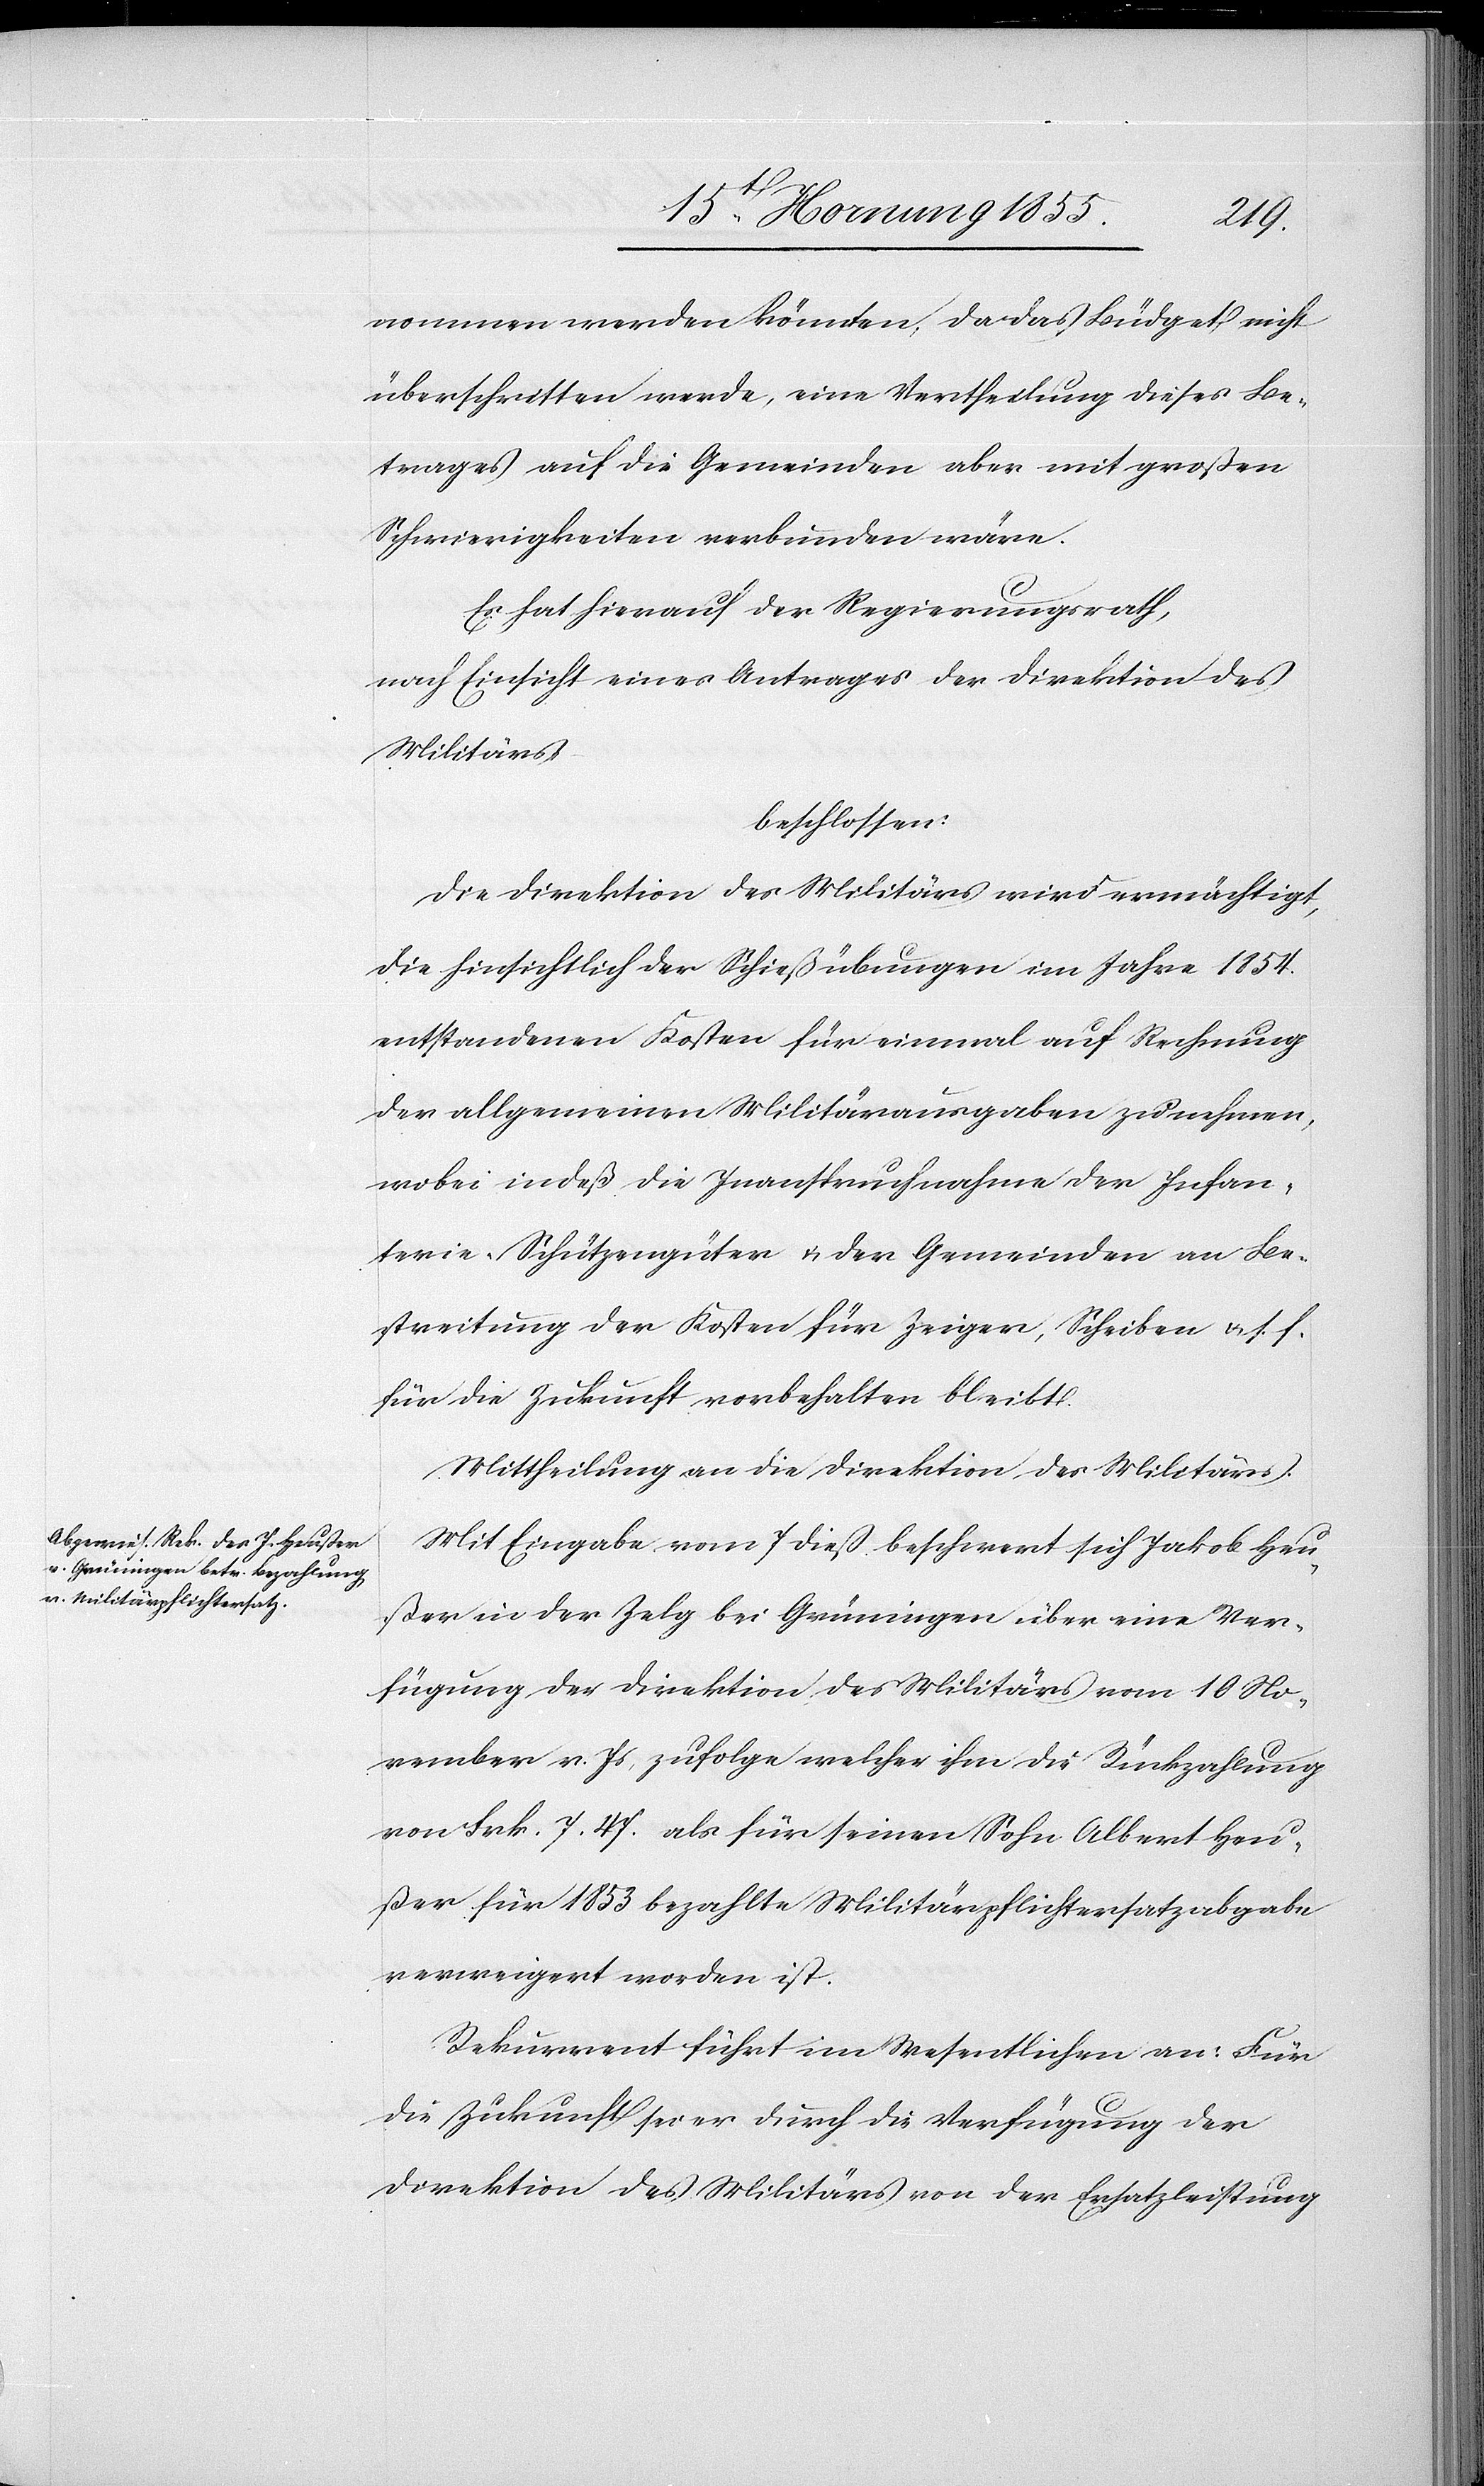
nommen werden könnten, da das Büdget nicht
überschritten werde, eine Vertheilung dieses Be¬
trages auf die Gemeinden aber mit großen
Schwierigkeiten verbunden wäre.
Es hat hierauf der Regierungsrath,
nach Einsicht eines Antrages der Direktion des
Militärs
beschlossen:
Die Direktion des Militärs wird ermächtigt,
die hinsichtlich der Schießübungen im Jahre 1854.
entstandenen Kosten für einmal auf Rechnung
der allgemeinen Militärausgaben zu nehmen,
wobei indeß die Inanspruchnahme der Infan¬
terie-Schützengüter & der Gemeinden an Be¬
streitung der Kosten für Zeiger, Scheiben & s. f.
für die Zukunft vorbehalten bleibt.
Mittheilung an die Direktion des Militärs.
Mit Eingabe vom 7 dieß beschwert sich Jakob Heu¬
ßer in der Zelg bei Grüningen über eine Ver¬
fügung der Direktion des Militärs vom 10 No¬
vember v. Js, zufolge welcher ihm die Rückzahlung
von Frk. 7. 47. als für seinen Sohn Albert Heu¬
ßer für 1853 bezahlte Militärpflichtersatzabgabe
verweigert worden ist.
Rekurrent führt im Wesentlichen an: Für
die Zukunft sei er durch die Verfügung der
Direktion des Militärs von der Ersatzleistung